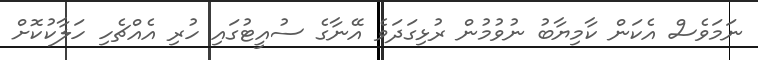
ނަމަވެސް އެކަން ކާމިޔާބު ނުވުމުން ރުޅިގަދަވެ އޭނާގެ ސުއީޓުގައި ހުރި އެއްޗެހި ހަލާކުކޮށް